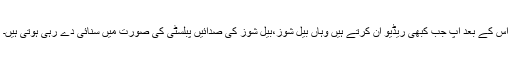
اس کے بعد آپ جب کبھی ریڈیو آن کرتے ہیں وہاں بیل شوز،بیل شوز کی صدائیں پبلسٹی کی صورت میں سنائی دے رہی ہوتی ہیں۔